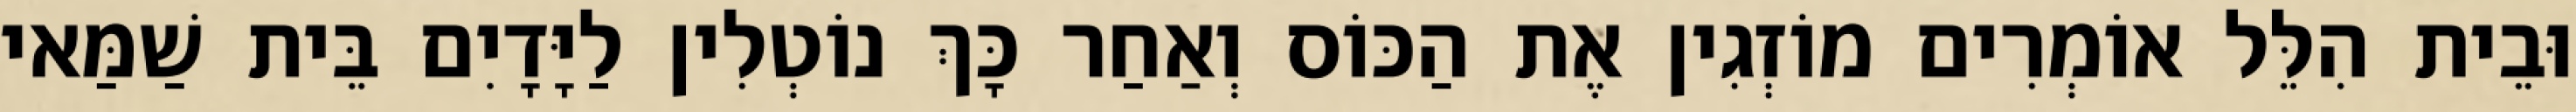
וּבֵית הִלֵּל אוֹמְרִים מוֹזְגִין אֶת הַכּוֹס וְאַחַר כָּךְ נוֹטְלִין לַיָּדָיִם בֵּית שַׁמַּאי